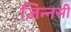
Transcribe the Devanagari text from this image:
जिन्नसी